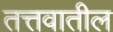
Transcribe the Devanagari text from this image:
तत्तवातील